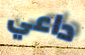
داعي